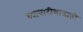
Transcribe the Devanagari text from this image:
व्यापारीयात्राही